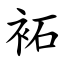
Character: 袥